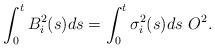
LaTeX: \begin{align*}\int_0^tB_i^2(s)ds=\int_0^t\sigma^2_i(s)ds\ O^2.\end{align*}